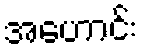
အဟောင်း